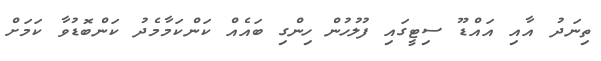
ތިނަދު އާއި އައްޑޫ ސިޓީގައި ފުލުހުން ހިންގި ބައެއް ކަންކަމާމެދު ކަންބޮޑުވާ ކަމަށް